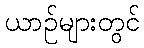
ယာဉ်များတွင်